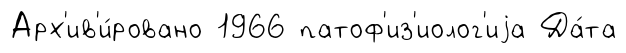
Арх'ив'и́ровано 1966 патоф'из'иолог'иjа Да́та